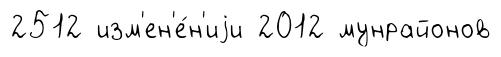
2512 изм'ен'е́н'иjи 2012 мунрайонов